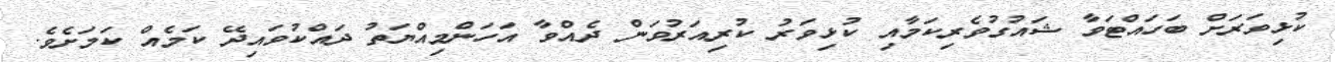
ކުޅިވަރަށް ބަހައްޓަވާ ޝައުގުވެރިކަމާއި ކުޅިވަރު ކުރިއަރުވަން ދެއްވާ އަހަންމިއްޔަތު ދައްކުވައިދޭ ކަމެއް ކަމަށެވެ.